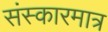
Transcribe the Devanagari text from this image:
संस्कारमात्र